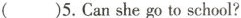
()5.Can she go to school?